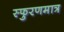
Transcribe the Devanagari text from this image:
स्फुरणमात्र